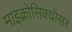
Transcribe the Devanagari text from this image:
माइक्रोसिक्योंसर